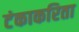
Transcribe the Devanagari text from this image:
टंकाकरिता